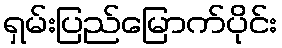
ရှမ်းပြည်မြောက်ပိုင်း